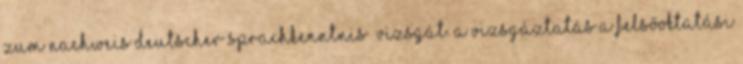
zum Nachweis deutscher Sprachkenntnis” vizsgát. A vizsgáztatás a felsőoktatási